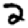
Digit: 2